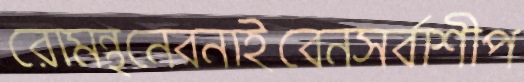
রোমন্থনেরনাইবেনসর্বাশীপ